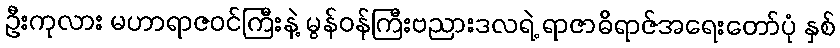
ဦးကုလား မဟာရာဇဝင်ကြီးနဲ့ မွန်ဝန်ကြီးဗညားဒလရဲ့ ရာဇာဓိရာဇ်အရေးတော်ပုံ နှစ်